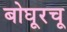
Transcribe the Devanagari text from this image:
बोघूरचू